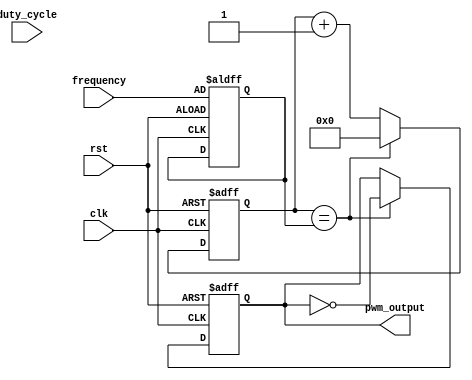
module pwm_timer (
    input clk,
    input rst,
    input [7:0] duty_cycle,
    input [15:0] frequency,
    output reg pwm_output
);

reg [15:0] counter;
reg [15:0] threshold;
reg [7:0] duty_counter;

always @(posedge clk or posedge rst) begin
    if (rst) begin
        counter <= 16'd0;
        threshold <= frequency;
        duty_counter <= duty_cycle;
        pwm_output <= 1'b0;
    end else begin
        counter <= counter + 1;
        if (counter == threshold) begin
            counter <= 16'd0;
            pwm_output <= ~pwm_output;
            duty_counter <= duty_counter - 1;
            if (duty_counter == 8'd0) begin
                duty_counter <= duty_cycle;
            end
        end
    end
end

endmodule